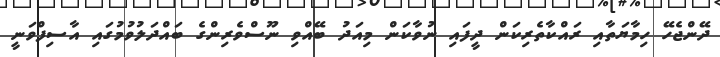
ދޭންޖެހޭ ހިމާޔަތާއި ރައްކާތެރިކަން ދީފައި ނުވާކަން މިއަދު ބޭއްވި ނޫސްވެރިންގެ ބައްދަލުވުމުގައި އާސިފްވަނީ